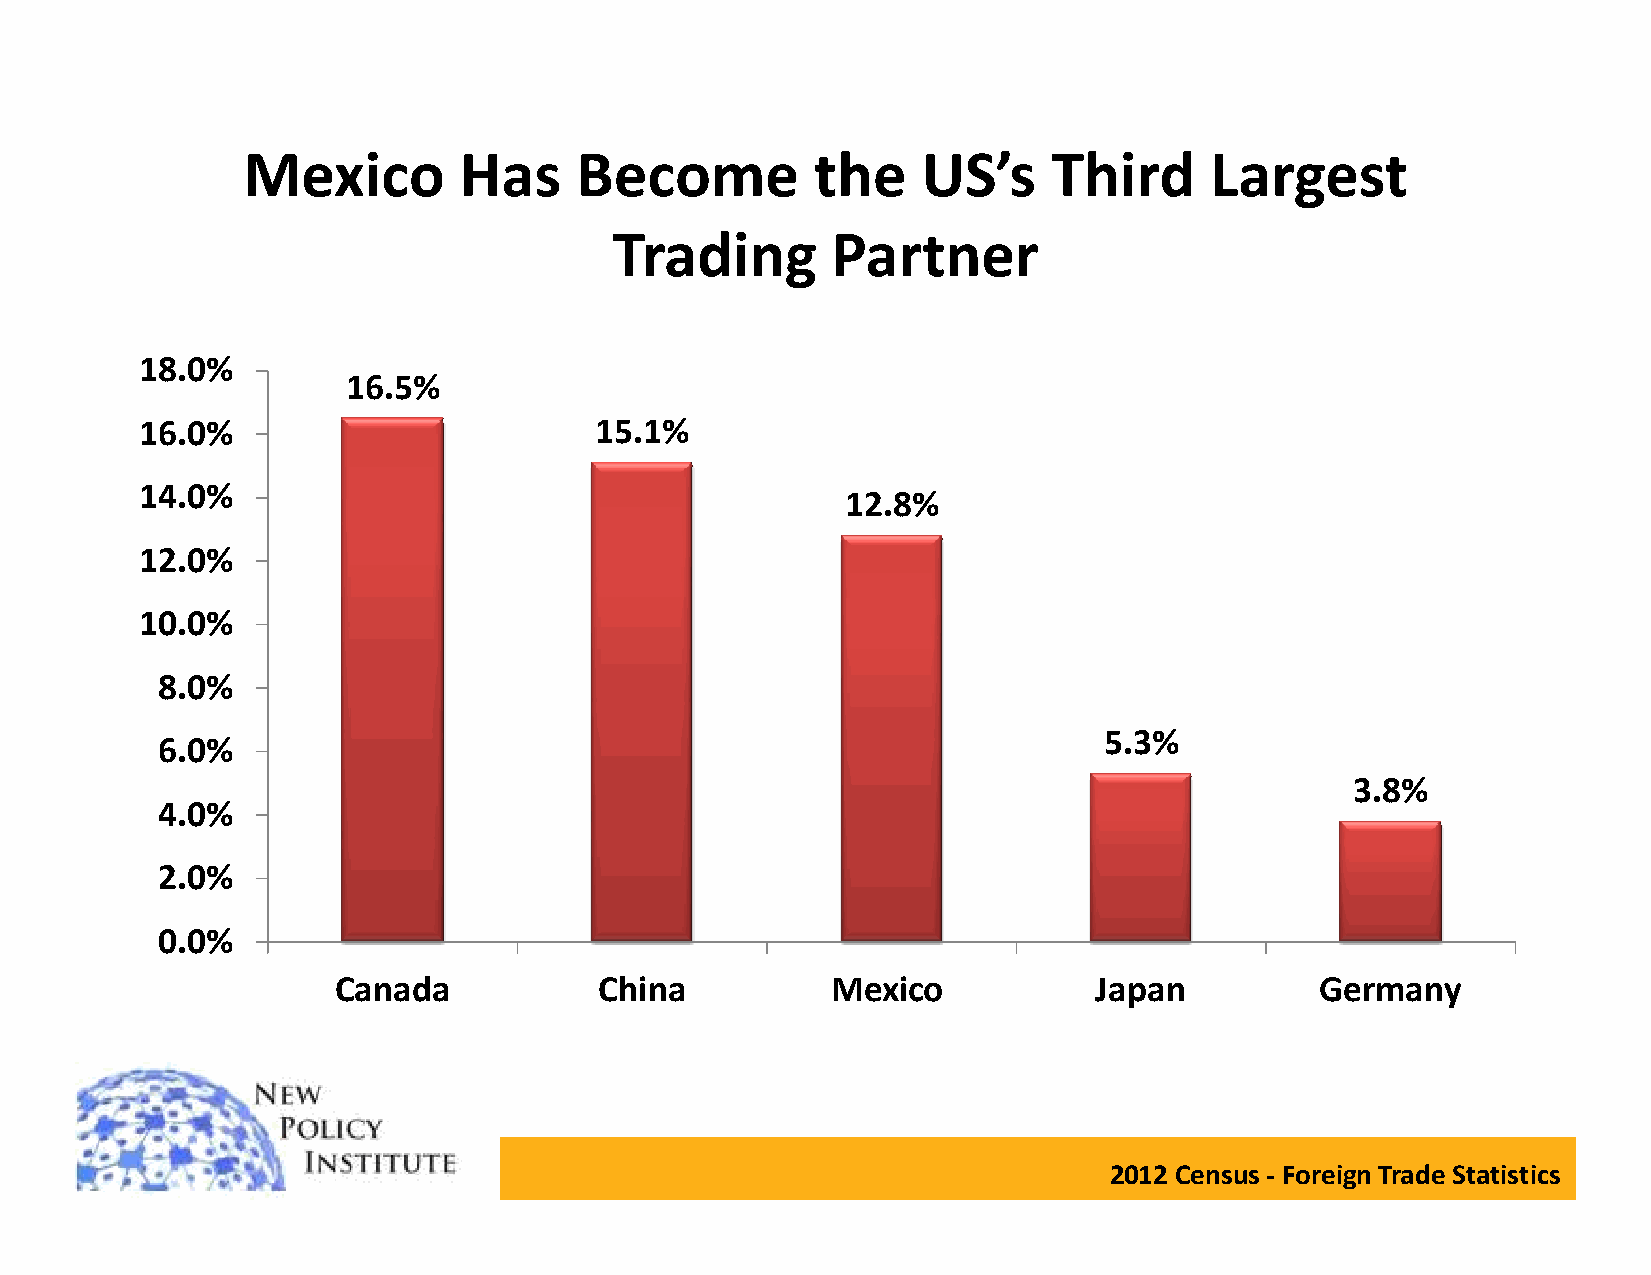
Mexico        Has     Become          the    US’s     Third     Largest
 Trading       Partner
 18.0%
 16.5%
 16.0%                         15.1%
 14.0%
 12.8%
 12.0%
 1100..00%%
 8.0%
 5.3%
 6.0%
 3.8%
 4.0%
 2.0%
 0.0%
 Canada            China          Mexico            Japan         Germany
 2012 Census - Foreign Trade Statistics